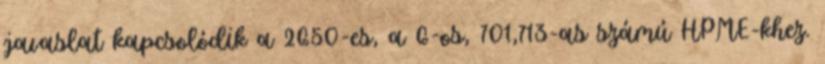
javaslat kapcsolódik a 2650-es, a 6-os, 701,713-as számú HPME-khez.